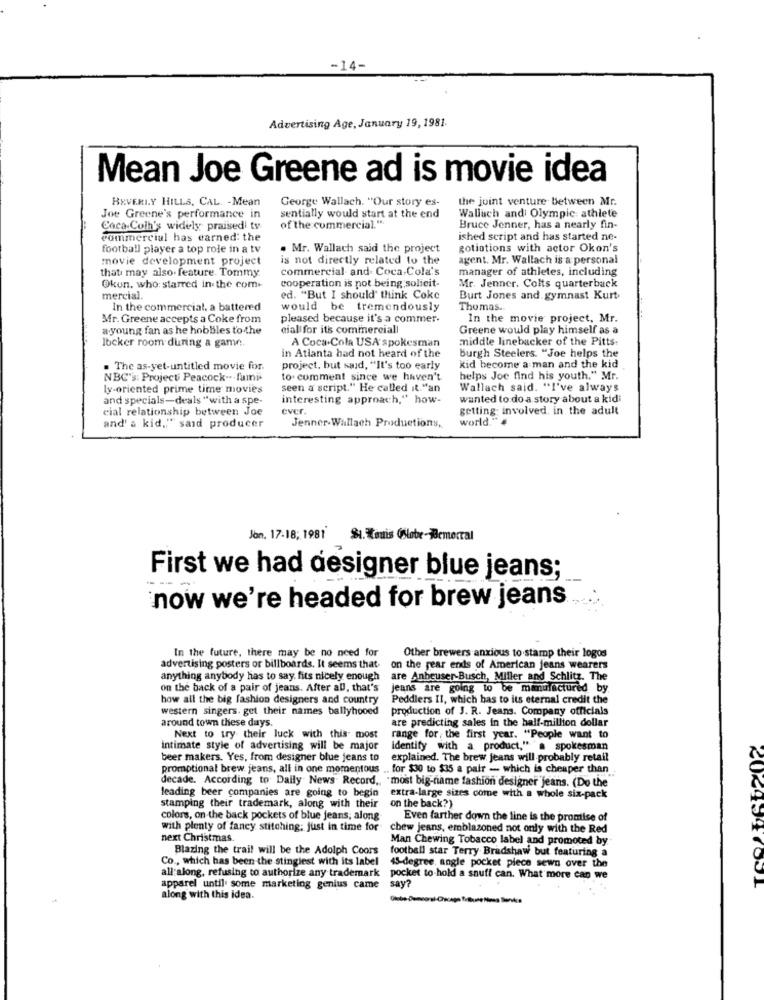
-14-
Advertising Age, January 19, 1981.
Mean Joe Greene ad is movie idea
BEVERLY HILLS, CAL. - Mean
George Wallach. "Our story es-
the joint venture between Mr.
Joe Greene's performance in
sentially would start at the end
of the commercial. ".
Walluch and Olympic athlete
Coca-Colh's widely praised tv
Bruce Jenner, has a nearly fin-
commercial has earned: the
ished script and has started ne-
football player a top role in a tv
. Mr. Wallach said the project
gotintions with actor Okon's
movie development project
is not directly related to the
agent. Mr. Wallach is a personal
that may also. feature. Tommy
commercial and Coca-Cola's
manager of athletes, including
Okun, who: starred in the com.
cooperation is pot being solieit-
Mr. Jenner. Colts quarterback
mercial.
ed. "But I should' think Coke
Burt Jones and gymnast Kurt
In the commercial, a battered
would be tremendously
Thomas.
Mr. Greene accepts a Coke from
pleased because it's a commer-
In the movie project, Mr.
a young fan as he hobbles to the
cial for its commerciall
Greene would play himself as a
locker room during a game.
A Coca-Cola USA spokesman
middle linebacker of the Pitts.
burgh Steelers. "Joe helps the
in Atlanta had not heard of the
. The as-yet-untitled movie for.
project, but said, "It's too early
kid become a man and the kid
NBC's: Projecti Peacock -.. fami-
to. comment since we haven't
helps Joe find his youth." Mr.
ly-oriented prime time movies
seen a script." He called it."an
Wallach said. "I've always
and specials-deals "with a spe-
interesting approach," how-
wanted to do a story about a kidi
cial relationship between Joe
ever.
getting: involved. in the adult
world."
and' a kid,"" said producer
Jenner-Wallach Productions,
Jon, 17-18; 1981 %1. ouis Oslobe-Bemorral
First we had designer blue jeans;
---.
now we're headed for brew jeans
In the future, there may be no need for
Other brewers anxious to stamp their logos
advertising posters or billboards. It seems that
on the year ends of American jeans wearers
anything anybody has to say, fits nicely enough
are Anbeuser-Busch, Miller and Schlitz. The
on the back of a pair of jeans. After all, that's
jeans are going to be manufactured by
how all the big fashion designers and country
Peddlers II, which has to its eternal credit the
western singers. get their names ballyhooed
production of J. R. Jeans. Company officials
around town these days.
are predicting sales in the half-million dollar
Next to try their luck with this most
range for, the first year. "People want to
Intimate style of advertising will be major
Identify with a product," a spokesman
beer makers. Yes, from designer blue jeans to
explained. The brew jeans will probably retail
promotional brew jeans, all in one momentous
. for $30 to $35 a pair - which is cheaper than
decade. According to Daily News. Record,
"most big-name fashion designer jeans. (Do the
leading beer companies are going to begin
extra-large sizes come with a whole six-pack
stamping their trademark, along with their
on the back?)
colors, on the back pockets of blue jeans; along
Even farther down the line is the promise of
with plenty of fancy stitching; just in time for
chew jeans, emblazoned not only with the Red
next Christmas.
Man Chewing Tobacco label and promoted by
Blazing the trail will be the Adolph Coors
football star Terry Bradshaw but featuring a
Co ., which has been the stingiest with its label
all along, refusing to authorize any trademark
45-degree, angle pocket piece sewn over the
pocket to-hold a snuff can. What more can we
apparel until some marketing genius came
say?
2024997031
along with this idea.
-